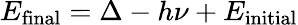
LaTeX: E_{\mathrm{final}}=\Delta-h\nu+E_{\mathrm{initial}}